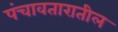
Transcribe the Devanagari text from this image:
पंचावतारातील